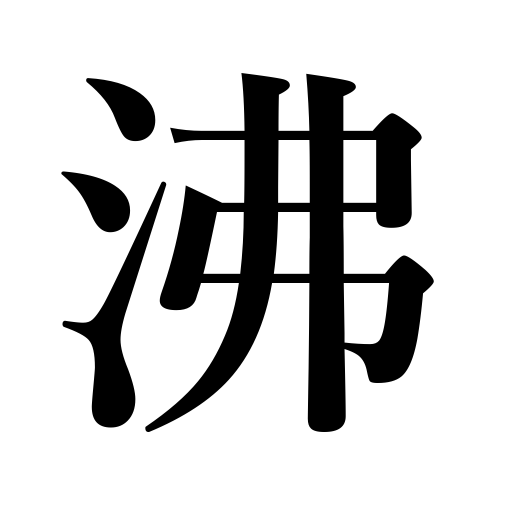
Meanings: boil,heat up the bath,get hot,seethe,be in an uproar,be hatched,melt,grow,ferment,gush out,breed